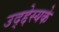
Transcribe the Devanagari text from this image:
उद्द्देस्यके